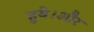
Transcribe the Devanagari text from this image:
हुये।और